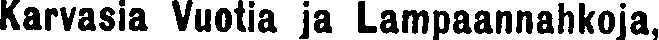
Karvasia Vuotia ja Lampaannahkoja,